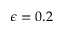
\epsilon = 0 . 2